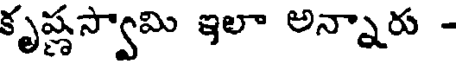
కృష్ణస్వామి ఇలా అన్నారు -